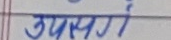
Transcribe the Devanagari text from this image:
उपसर्ग